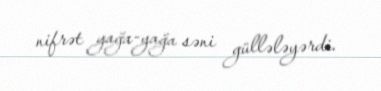
nifrət yağa-yağa səni güllələyərdi.